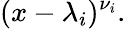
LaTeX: (x-\lambda_{i})^{\nu_{i}}.